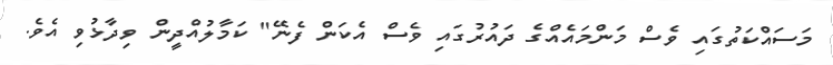
މަސައްކަތުގައި ވެސް މަންމައެއްގެ ދައުރުގައި ވެސް އެކަން ފެނޭ" ކަމާލުއްދީން ވިދާޅުވި އެވެ.